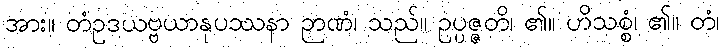
အား။ တံဥဒယဗ္ဗယာနုပဿနာ ဉာဏံ၊ သည်။ ဥပ္ပဇ္ဇတိ၊ ၏။ ဟိသစ္စံ၊ ၏။ တံ၊